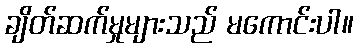
ချိတ်ဆက်မှုများသည် မကောင်းပါ။